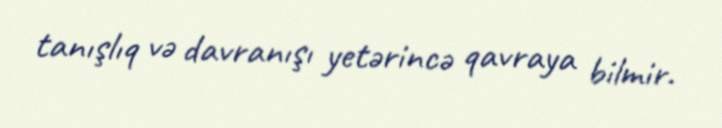
tanışlıq və davranışı yetərincə qavraya bilmir.